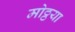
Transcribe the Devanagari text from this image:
मोठ्ठया